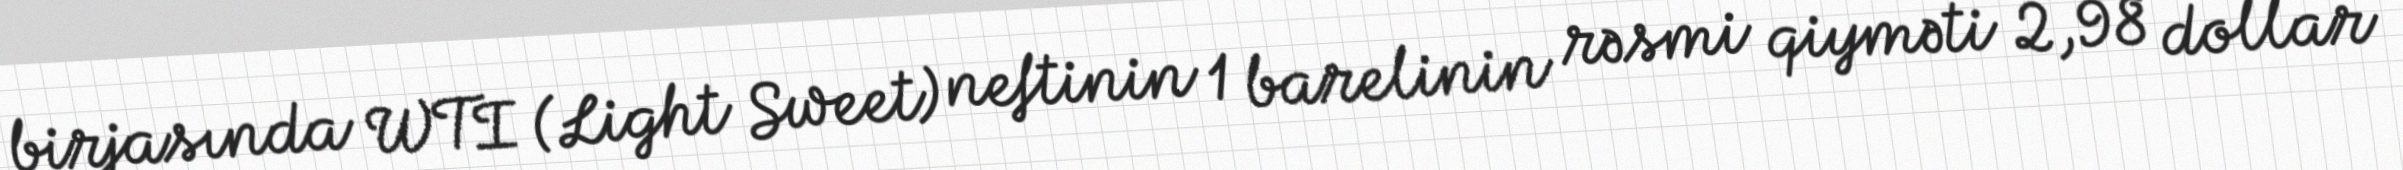
birjasında WTI (Light Sweet) neftinin 1 barelinin rəsmi qiyməti 2,98 dollar